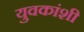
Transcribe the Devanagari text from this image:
युवकांशी